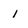
Character: i